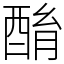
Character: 酳